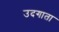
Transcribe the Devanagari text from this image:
उदगाता